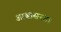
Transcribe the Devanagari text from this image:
आश्वासन४१